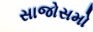
સાજોસમો